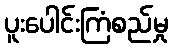
ပူးပေါင်းကြံစည်မှု